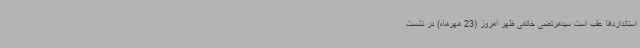
استانداردها عقب است سیدمرتضی خاتمی ظهر امروز (23 مهرماه) در نشست